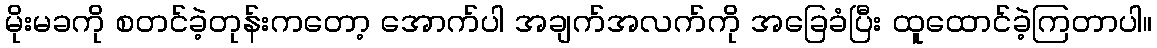
မိုးမခကို စတင်ခဲ့တုန်းကတော့ အောက်ပါ အချက်အလက်ကို အခြေခံပြီး ထူထောင်ခဲ့ကြတာပါ။